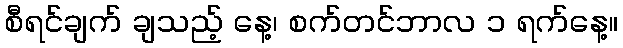
စီရင်ချက် ချသည့် နေ့၊ စက်တင်ဘာလ ၁ ရက်နေ့။